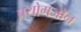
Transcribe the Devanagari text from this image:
प्रयोगजॉन